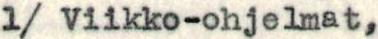
1/ Viikko-ohjelmat,